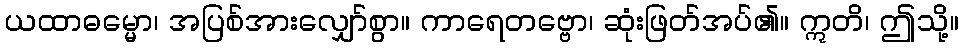
ယထာဓမ္မော၊ အပြစ်အားလျှော်စွာ။ ကာရေတဗ္ဗော၊ ဆုံးဖြတ်အပ်၏။ ဣတိ၊ ဤသို့။